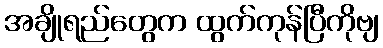
အချိုရည်တွေက ထွက်ကုန်ပြီကိုဗျ